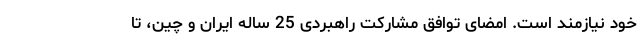
خود نیازمند است. امضای توافق مشارکت راهبردی 25 ساله ایران و چین، تا